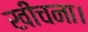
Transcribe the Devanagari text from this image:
खींचना।